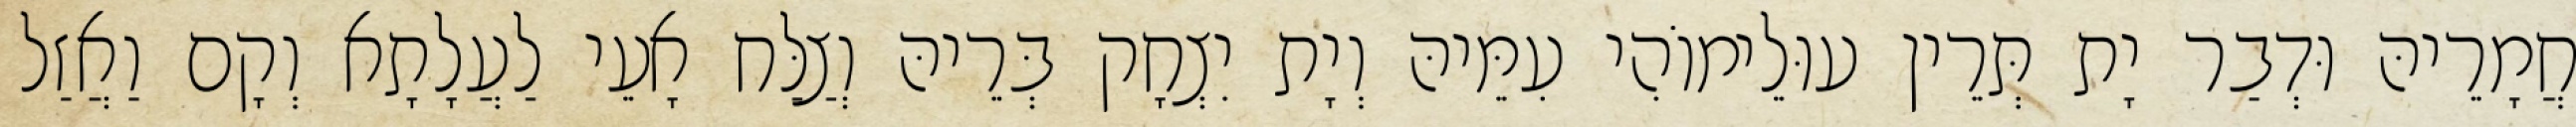
חֲמָרֵיהּ וּדְבַר יָת תְּרֵין עוּלֵימוֹהִי עִמֵּיהּ וְיָת יִצְחָק בְּרֵיהּ וְצַלַּח אָעֵי לַעֲלָתָא וְקָם וַאֲזַל